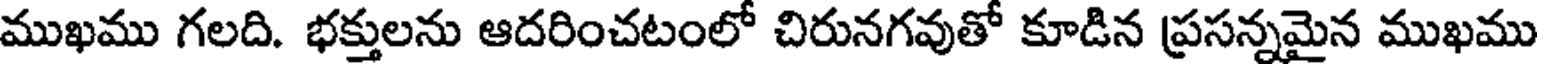
ముఖము గలది. భక్తులను ఆదరించటంలో చిరునగవుతో కూడిన ప్రసన్నమైన ముఖము